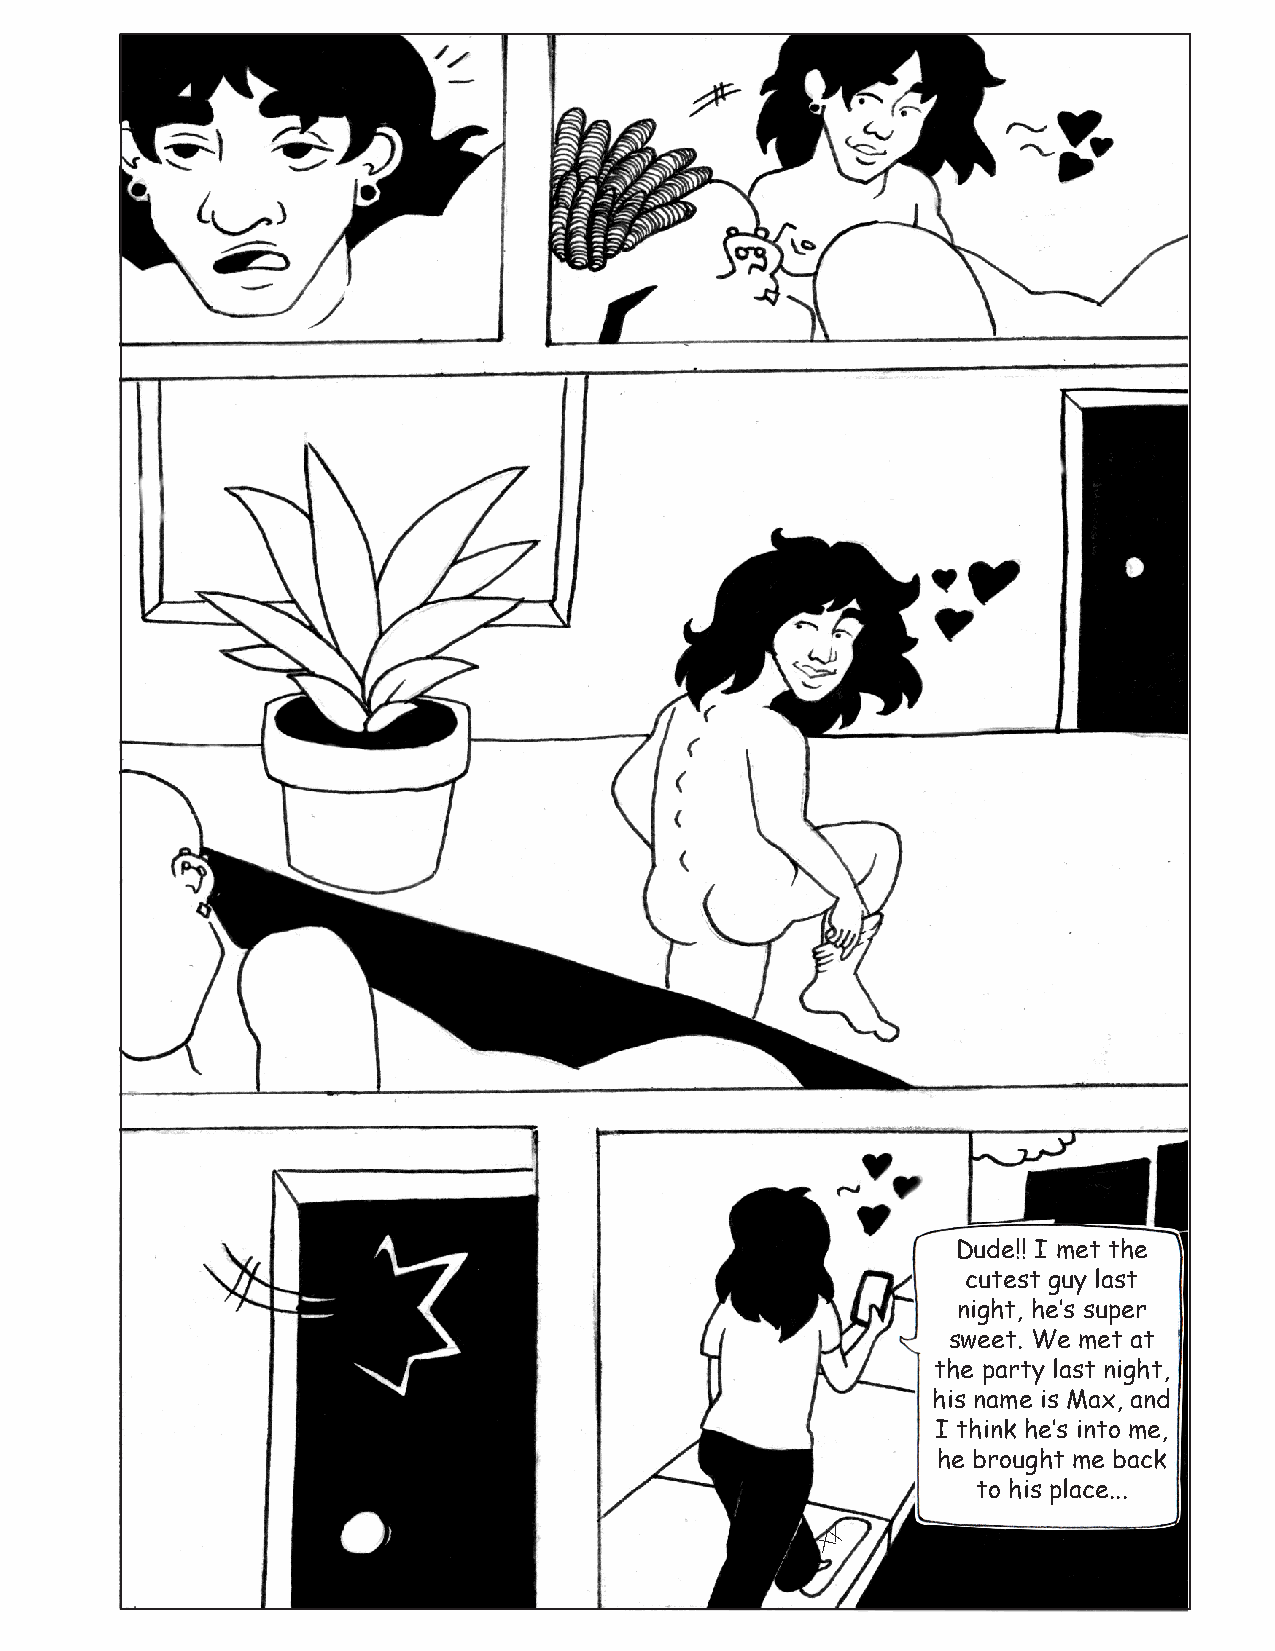
Dude!! I met the
 cutest guy last
 night, he’s super
 sweet. We met at
 the party last night,
 his name is Max, and
 I think he’s into me,
 he brought me back
 to his place...